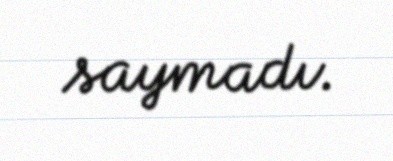
saymadı.